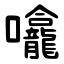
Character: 㘛